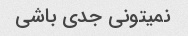
نمیتونی جدی باشی